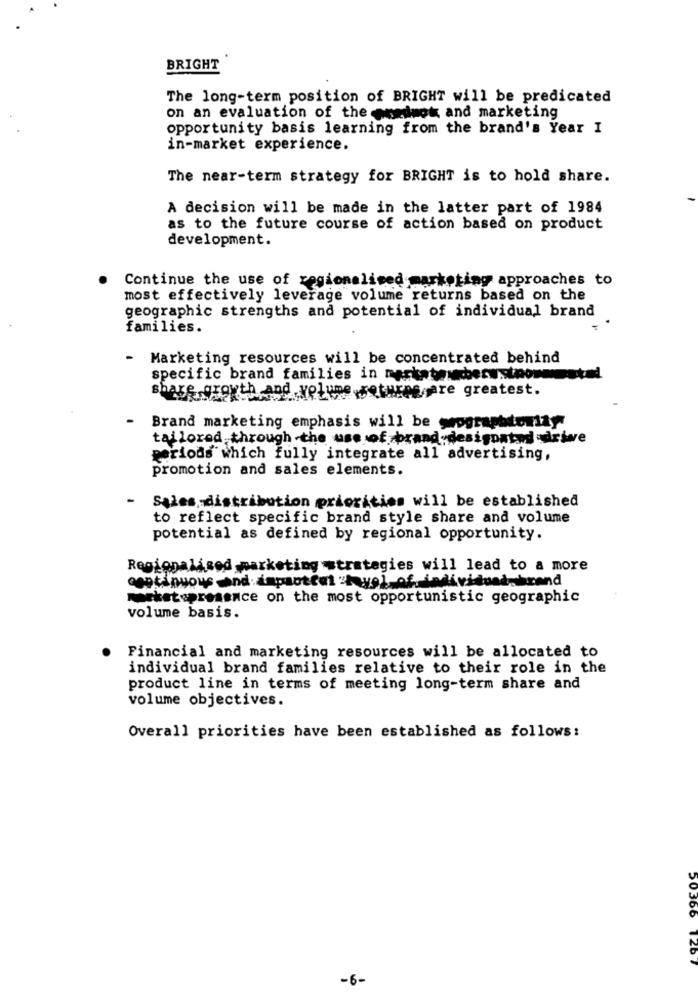
BRIGHT
The long-term position of BRIGHT will be predicated
on an evaluation of the wordmot and marketing
opportunity basis learning from the brand's Year I
in-market experience.
The near-term strategy for BRIGHT is to hold share.
A decision will be made in the latter part of 1984
as to the future course of action based on product
development.
Continue the use of regionalised markoting approaches to
most effectively leverage volume returns based on the
geographic strengths and potential of individual brand
families.
-
Marketing resources will be concentrated behind
specific brand families in Derkateberustnoweout=d
share growth and -volume Jetures are greatest.
-
Brand marketing emphasis will be weographtortay
tailored through -the use of brand.designated -drie
periods which fully integrate all advertising,
promotion and sales elements.
-
Sales distribution priorities will be established
to reflect specific brand style share and volume
potential as defined by regional opportunity.
Regionalisod -marketing strategies will lead to a more
continuous end.impactful :kyel-of. individuadpbrand
marketspresence on the most opportunistic geographic
volume basis.
Financial and marketing resources will be allocated to
individual brand families relative to their role in the
product line in terms of meeting long-term share and
volume objectives.
Overall priorities have been established as follows:
50366
1267
-6-